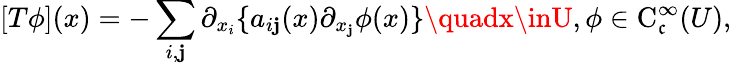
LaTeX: [T\phi](x)=-\sum_{i,\mathbf{j}}\partial_{x_{i}}\{ a_{i\mathbf{j}}(x)\partial_{x_{\mathbf{j}}}\phi(x)\} \quadx\inU,\phi\in\operatorname{C}_{\mathfrak{c}}^{\infty}(U),